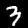
Label: 3